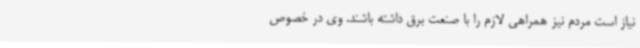
نیاز است مردم نیز همراهی لازم را با صنعت برق داشته باشند. وی در خصوص